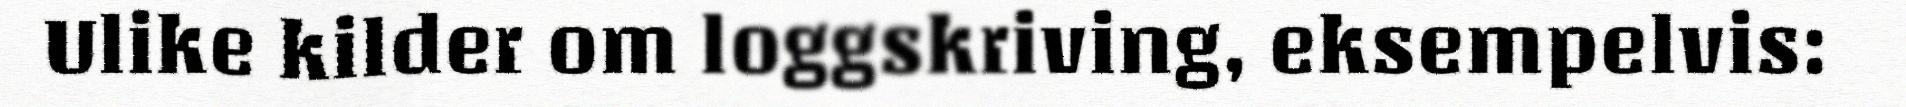
Ulike kilder om loggskriving, eksempelvis: